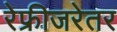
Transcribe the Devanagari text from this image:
रेफ्रीजरेतर